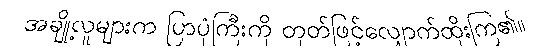
အချို့လူများက ပြာပုံကြီးကို တုတ်ဖြင့်လျှောက်ထိုးကြ၏။